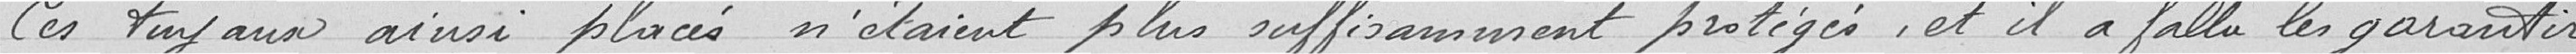
Ces tuyaux ainsi placés n'étaient plus suffisamment protégés et il a fallu les garantir